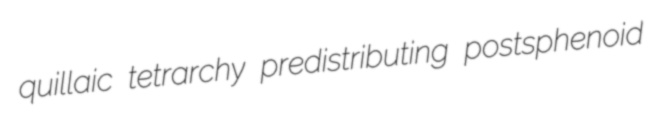
quillaic tetrarchy predistributing postsphenoid